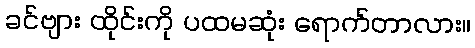
ခင်ဗျား ထိုင်းကို ပထမဆုံး ရောက်တာလား။